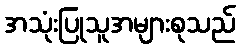
အသုံးပြုသူအများစုသည်